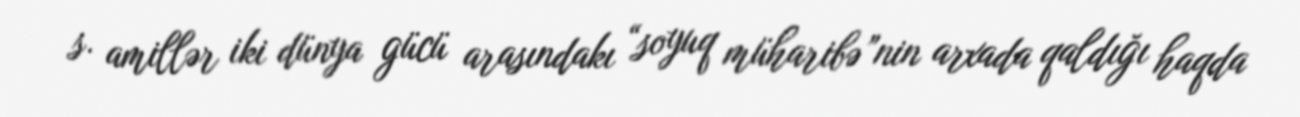
s. amillər iki dünya gücü arasındakı “soyuq müharibə”nin arxada qaldığı haqda